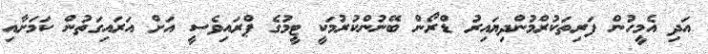
އަދި އެމީހުން ފަރިތަކުރްމުންދިޔައިރު ޑްރޯން ބޭނުންކުރުމަކީ ޓީމުގެ ޕްރައިވެސީ އަށް އަރައިގަތުން ކަމަށާއި